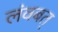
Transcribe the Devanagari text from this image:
लंवबत्‌